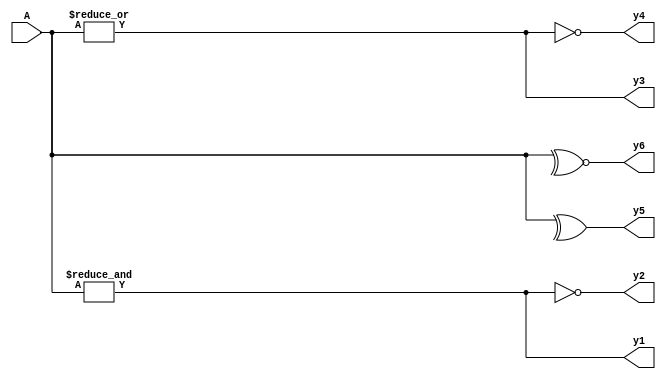
module Reduction(
  input [3:0] A,
  output reg y1, y2, y3, y4, y5, y6
);

always@* begin 
  y1 = &A;
  y2 = ~&A;
  y3 = |A;
  y4 = ~|A;
  y5 = ^A;
  y6 = ~^A;
  
end

endmodule